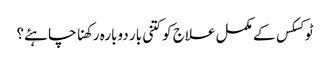
ٹوکسکس کے مکمل علاج کو کتنی بار دوبارہ رکھنا چاہئے؟